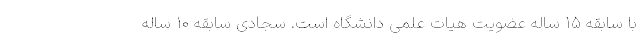
با سابقه ۱۵ ساله عضویت هیات علمی دانشگاه است. سجادی سابقه ۱۰ ساله